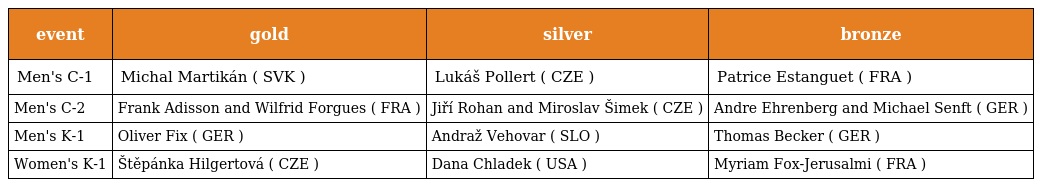
| event | gold | silver | bronze |
 | --- | --- | --- | --- |
 | Men's C-1 | Michal Martikán ( SVK ) | Lukáš Pollert ( CZE ) | Patrice Estanguet ( FRA ) |
 | Men's C-2 | Frank Adisson and Wilfrid Forgues ( FRA ) | Jiří Rohan and Miroslav Šimek ( CZE ) | Andre Ehrenberg and Michael Senft ( GER ) |
 | Men's K-1 | Oliver Fix ( GER ) | Andraž Vehovar ( SLO ) | Thomas Becker ( GER ) |
 | Women's K-1 | Štěpánka Hilgertová ( CZE ) | Dana Chladek ( USA ) | Myriam Fox-Jerusalmi ( FRA ) |